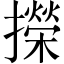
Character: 㩞